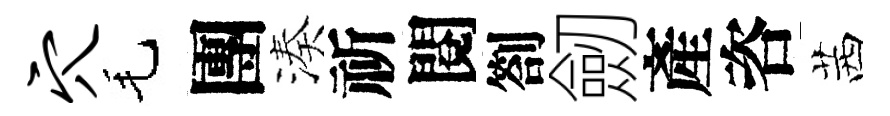
穴毛團湊祈閱劄劒產咨茜